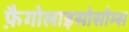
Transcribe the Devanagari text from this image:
फ़ैगोलाइसोसोम्स